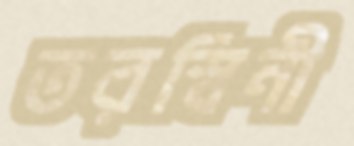
তরস্বিনী